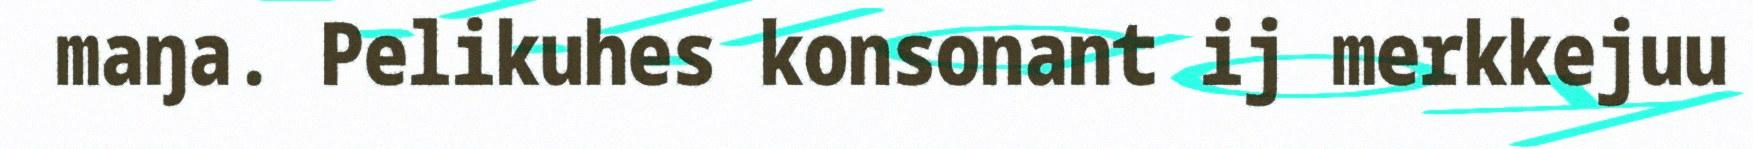
maŋa. Pelikuhes konsonant ij merkkejuu